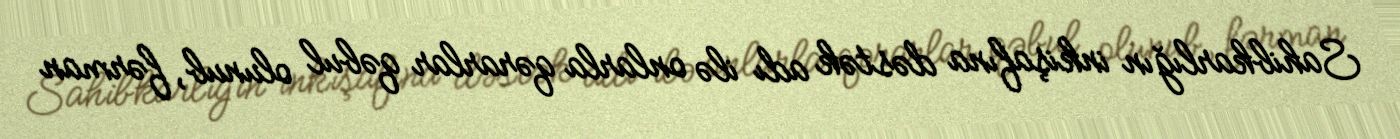
Sahibkarlığın inkişafına dəstək adı ilə onlarla qərarlar qəbul olunub, fərman